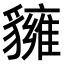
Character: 𧴗